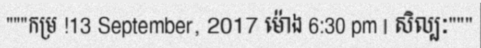
"""កម្រ !13 September, 2017 ម៉ោង 6:30 pm | សិល្បៈ"""